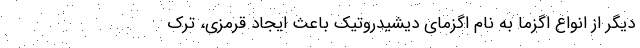
دیگر از انواع اگزما به نام اگزمای دیشیدروتیک باعث ایجاد قرمزی، ترک